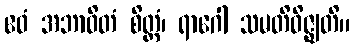
ဧဝံ အဘာဝိတံ စိတ္တံ၊ ရာဂေါ သမတိဝိဇ္ဈတိ။